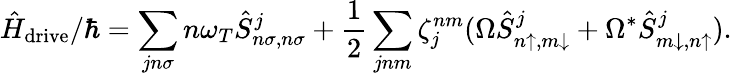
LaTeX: \hat{H}_{\mathrm{drive}}/\hbar=\sum_{jn\sigma}n\omega_{T}\hat{S}_{n\sigma,n\sigma}^{j}+\frac{1}{2}\sum_{jnm}\zeta_{j}^{nm}(\Omega\hat{S}_{n\uparrow,m\downarrow}^{j}+\Omega^{*}\hat{S}_{m\downarrow,n\uparrow}^{j}).